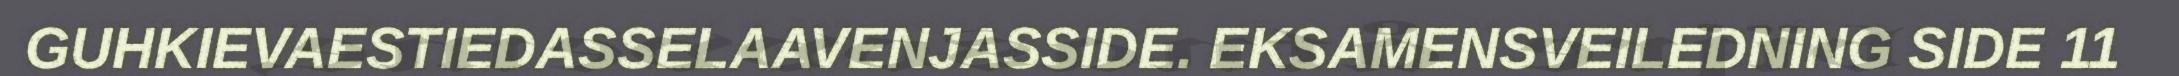
GUHKIEVAESTIEDASSELAAVENJASSIDE. EKSAMENSVEILEDNING SIDE 11